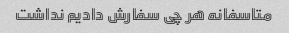
متاسفانه هر چی سفارش دادیم نداشت ‌